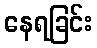
နေရခြင်း